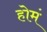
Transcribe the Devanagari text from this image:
होमं